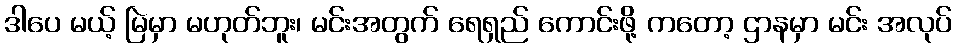
ဒါပေ မယ့် မြဲမှာ မဟုတ်ဘူး၊ မင်းအတွက် ရေရှည် ကောင်းဖို့ ကတော့ ဌာနမှာ မင်း အလုပ်